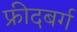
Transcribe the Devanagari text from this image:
फ्रीदबर्ग